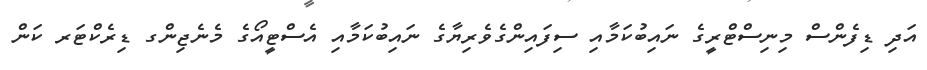
އަދި ޑިފެންސް މިނިސްޓްރީގެ ނައިބުކަމާއި ސިފައިންގެވެރިޔާގެ ނައިބުކަމާއި އެސްޓީއޯގެ މެނެޖިންގ ޑިރެކްޓަރ ކަން